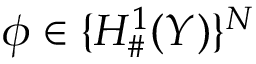
\phi \in \{ H _ { \# } ^ { 1 } ( Y ) \} ^ { N }